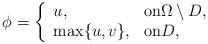
LaTeX: \begin{align*} \phi=\left\{ \begin{array}{ll}u, &{\rm on}\Omega \setminus D,\\ \max\{u, v\}, &{\rm on} D,\end{array}\right. \end{align*}